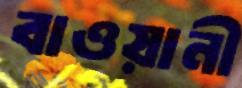
বাওয়ানী